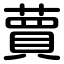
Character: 蕒